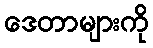
ဒေတာများကို